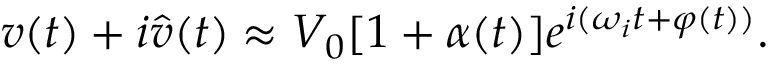
v ( t ) + i \hat { v } ( t ) \approx V _ { 0 } [ 1 + \alpha ( t ) ] e ^ { i ( \omega _ { i } t + \varphi ( t ) ) } .